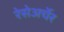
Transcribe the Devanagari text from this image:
रेसेअर्चेर